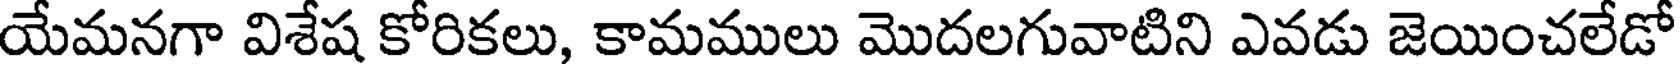
యేమనగా విశేష కోరికలు, కామములు మొదలగువాటిని ఎవడు జెయించలేడో